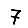
Digit: 7